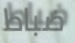
ضباط